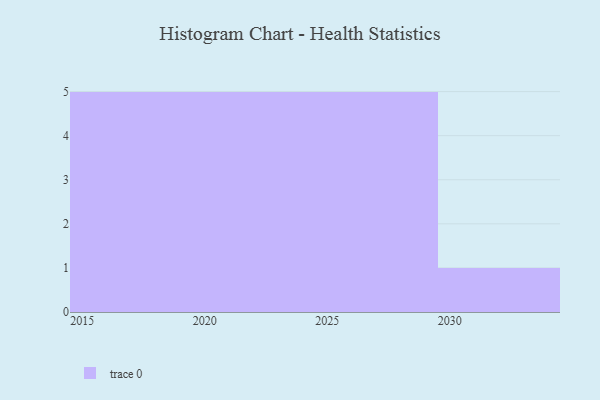
{"axis": {"x": "Year", "y": "Headcount"}, "legend": [""], "data": [{"x": "2027", "y": 94, "type": ""}, {"x": "2015", "y": 4, "type": ""}, {"x": "2021", "y": 67, "type": ""}, {"x": "2028", "y": 32, "type": ""}, {"x": "2023", "y": 14, "type": ""}, {"x": "2026", "y": 33, "type": ""}, {"x": "2016", "y": 17, "type": ""}, {"x": "2025", "y": 79, "type": ""}, {"x": "2019", "y": 83, "type": ""}, {"x": "2024", "y": 80, "type": ""}, {"x": "2030", "y": 36, "type": ""}, {"x": "2029", "y": 50, "type": ""}, {"x": "2020", "y": 90, "type": ""}, {"x": "2018", "y": 90, "type": ""}, {"x": "2022", "y": 41, "type": ""}, {"x": "2017", "y": 38, "type": ""}]}